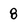
Character: 8